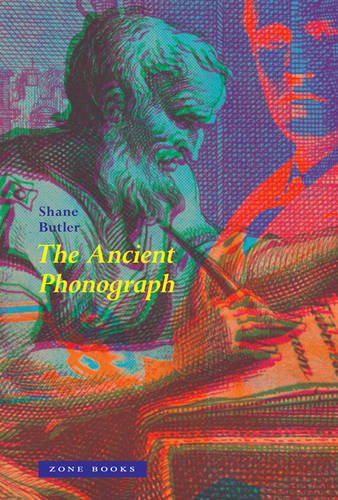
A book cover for The Ancient Phonograph; Shane Butler; Science & Math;